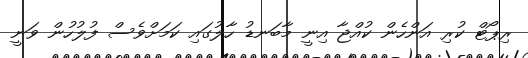
ރިޕޯޓް ކުރި އަންހެން ކުއްޖާ އިނީ މާބަނޑު ހާލުގައި ކަމަށްވެސް ފުލުހުން ވަނީ